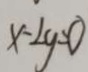
x - 2 y = 0